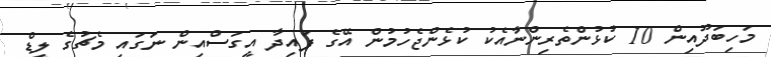
މަހިބަދޫއިން 10 ކުޅުންތެރިންނާއެކު ކުޅެންޖެހުމުން އޭގެ ފައިދާ އީގަސްއިން ނަގައި މެޗުގެ ލީޑް